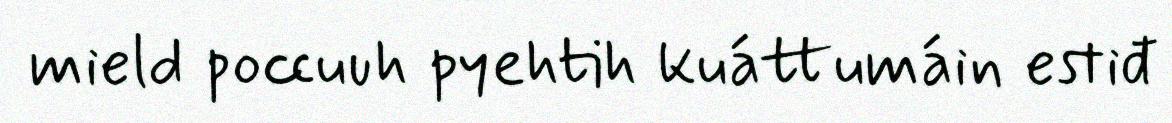
mield poccuuh pyehtih kuáttumáin estiđ